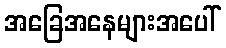
အခြေအနေများအပေါ်